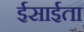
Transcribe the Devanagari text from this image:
ईसाईता